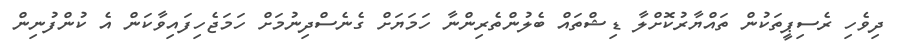
ދިވެހި ރެސިޕީތަކުން ތައްޔާރުކޮށްލާ ޑިޝްތައް ބެލުންތެރިންނާ ހަމަޔަށް ގެނެސްދިނުމަށް ހަމަޖެހިފައިވާކަން އެ ކުންފުނިން